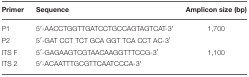
| Primer | Sequence | Amplicon size (bp) |
 | --- | --- | --- |
 | P1 | 5′-AACCTGGTTGATCCTGCCAGTAGTCAT-3′ | 1,700 |
 | P2 | 5′-GAT CCT TCT GCA GGT TCA CCT AC-3′ |  |
 | ITS F | 5′-GAGAAGTCGTAACAAGGTTTCCG-3′ | 1,100 |
 | ITS 2 | 5′-ACAATTTGCGTTCAATCCCA-3′ |  |